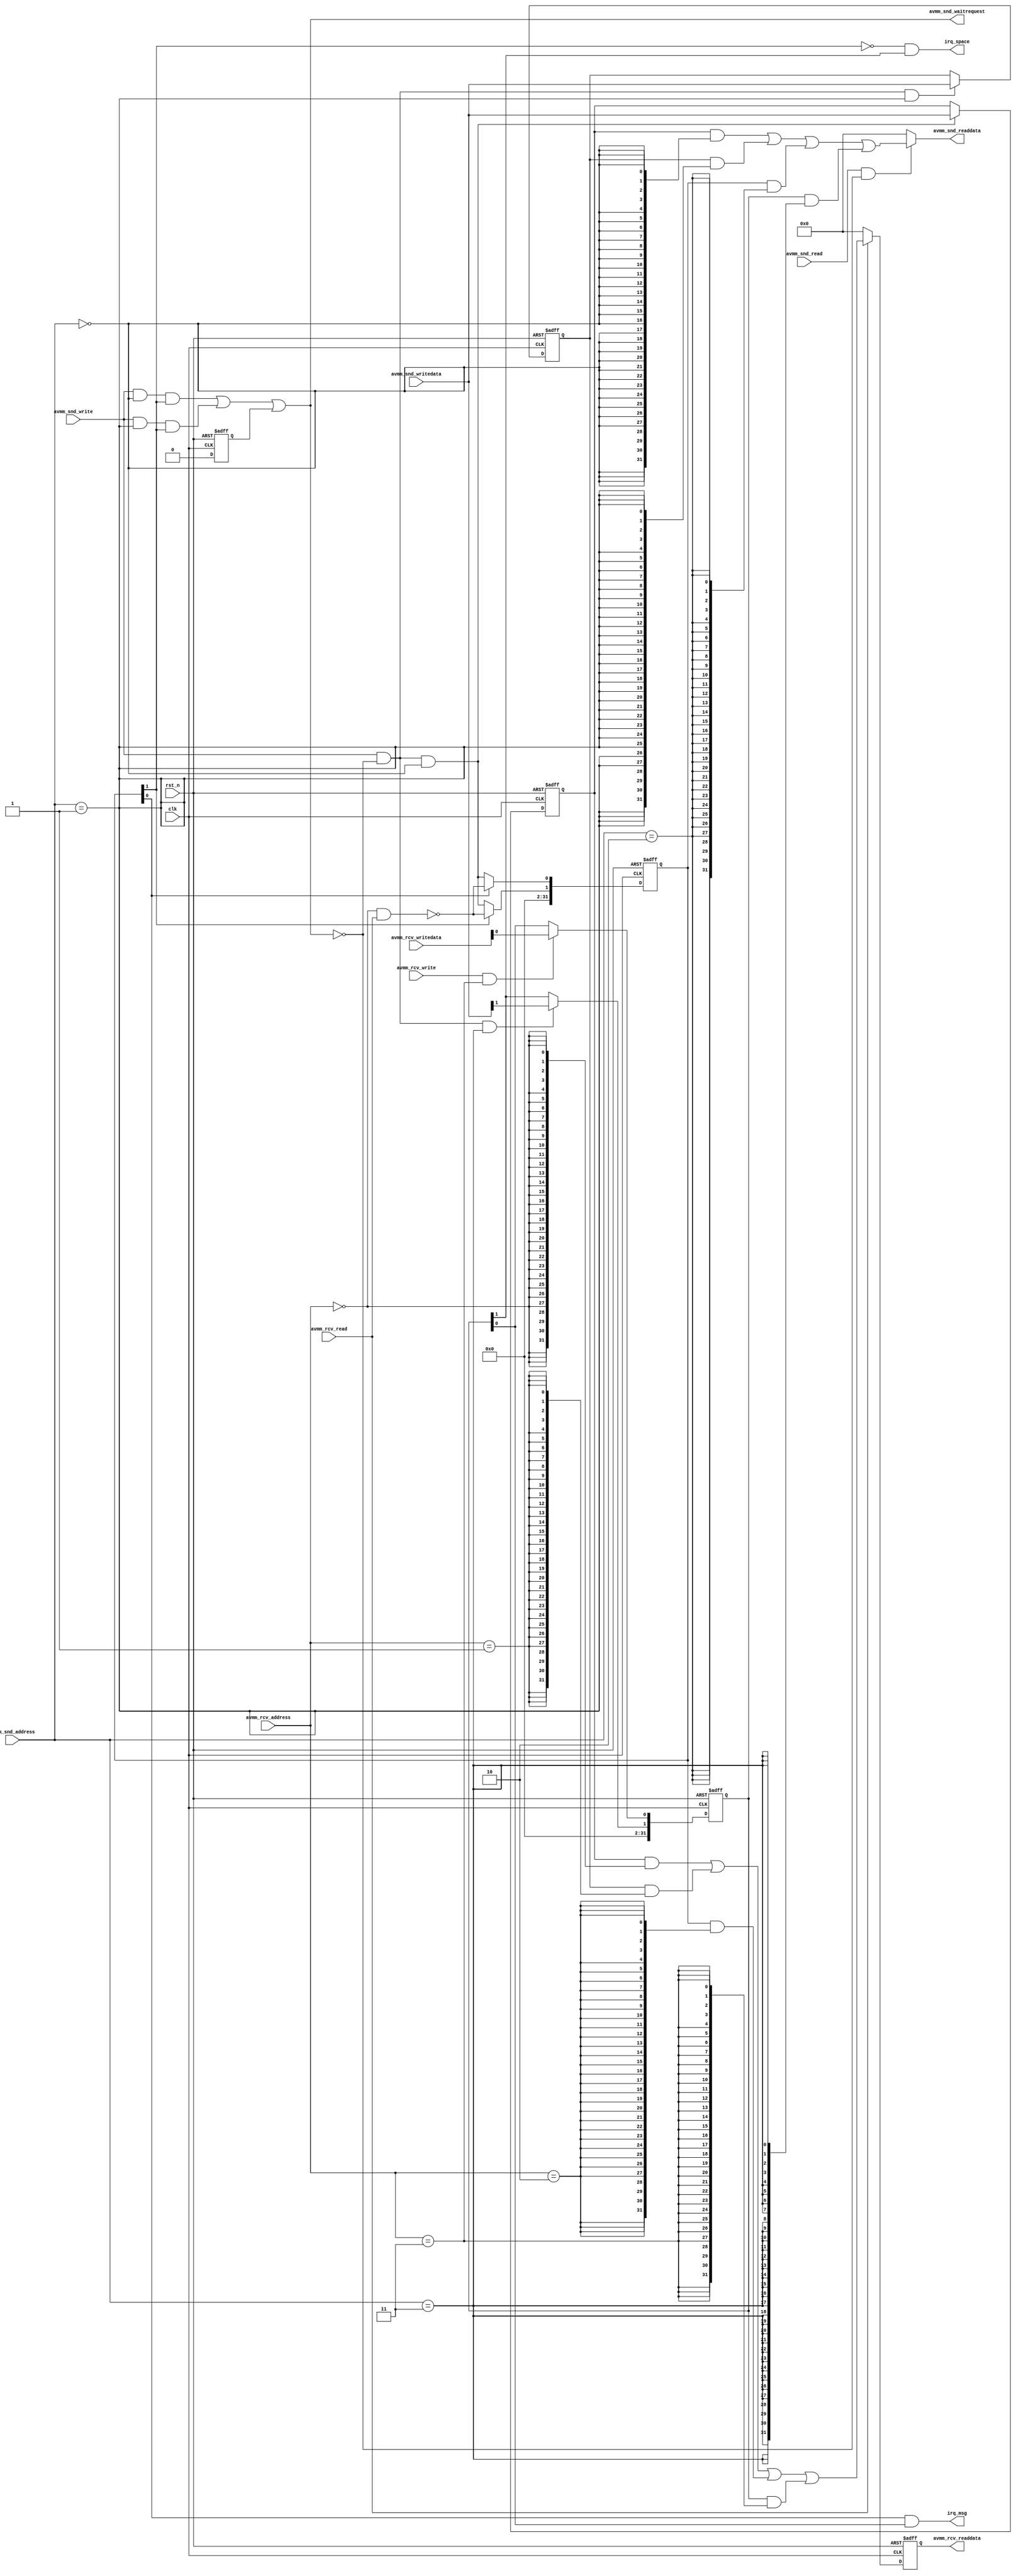
// (C) 2001-2015 Altera Corporation. All rights reserved.
// Your use of Altera Corporation's design tools, logic functions and other 
// software and tools, and its AMPP partner logic functions, and any output 
// files any of the foregoing (including device programming or simulation 
// files), and any associated documentation or information are expressly subject 
// to the terms and conditions of the Altera Program License Subscription 
// Agreement, Altera MegaCore Function License Agreement, or other applicable 
// license agreement, including, without limitation, that your use is for the 
// sole purpose of programming logic devices manufactured by Altera and sold by 
// Altera or its authorized distributors.  Please refer to the applicable 
// agreement for further details.


module altera_avalon_mailbox #(
  parameter DWIDTH = 32,
  parameter AWIDTH = 2
)(
  input               clk,
  input               rst_n,
  output              irq_msg,
  output              irq_space,

  input  [AWIDTH-1:0] avmm_snd_address,
  input  [DWIDTH-1:0] avmm_snd_writedata,
  input               avmm_snd_write,
  input               avmm_snd_read,
  output [DWIDTH-1:0] avmm_snd_readdata,
  output              avmm_snd_waitrequest,

  
  input  [AWIDTH-1:0] avmm_rcv_address,
  input  [DWIDTH-1:0] avmm_rcv_writedata,
  input               avmm_rcv_write,
  input               avmm_rcv_read,
  output [DWIDTH-1:0] avmm_rcv_readdata
);

// Status Register bit definition
  localparam          FULL_BIT = 1;
  localparam          MSG_PENDING_BIT = 0;
  localparam          SND_INT_BIT = 1;
  localparam          RCV_INT_BIT = 0;

// wires & registers declaration
  reg    [DWIDTH-1:0] command_reg;
  reg    [DWIDTH-1:0] pointer_reg;
  reg    [DWIDTH-1:0] status_reg;
  reg    [DWIDTH-1:0] mask_reg;
  wire   [DWIDTH-1:0] command_comb;
  wire   [DWIDTH-1:0] pointer_comb;
  wire   [DWIDTH-1:0] status_comb;
  wire   [DWIDTH-1:0] mask_comb;
  wire   [DWIDTH-1:0] snd_act_readdata;
  wire   [DWIDTH-1:0] snd_int_readdata;
  wire   [DWIDTH-1:0] snd_cmd_reg_rddata;
  wire   [DWIDTH-1:0] snd_ptr_reg_rddata; 
  wire   [DWIDTH-1:0] snd_sts_reg_rddata;
  wire   [DWIDTH-1:0] snd_msk_reg_rddata;
  wire   [DWIDTH-1:0] rcv_act_readdata;
  wire   [DWIDTH-1:0] rcv_int_readdata;
  wire   [DWIDTH-1:0] rcv_cmd_reg_rddata;
  wire   [DWIDTH-1:0] rcv_ptr_reg_rddata; 
  wire   [DWIDTH-1:0] rcv_sts_reg_rddata;
  wire   [DWIDTH-1:0] rcv_msk_reg_rddata;
  reg    [DWIDTH-1:0] readdata_with_waitstate;
  wire                cmd_reg_snd_access;
  wire                ptr_reg_snd_access;
  wire                sts_reg_snd_access;
  wire                msk_reg_snd_access;
  wire                cmd_reg_rcv_access;
  wire                ptr_reg_rcv_access;
  wire                sts_reg_rcv_access;
  wire                msk_reg_rcv_access;
  wire                snd_wr_valid;
  wire                snd_rd_valid;
  wire                rcv_rd_valid;
  wire                rcv_wr_valid;              
  wire                full;
  wire                pending;
  wire                snd_mask, rcv_mask;
  reg                 rst_for_bp;
  
// decoding of address for register target
  assign cmd_reg_snd_access = (avmm_snd_address == 2'b00);
  assign ptr_reg_snd_access = (avmm_snd_address == 2'b01);
  assign sts_reg_snd_access = (avmm_snd_address == 2'b10);
  assign msk_reg_snd_access = (avmm_snd_address == 2'b11);

  assign cmd_reg_rcv_access = (avmm_rcv_address == 2'b00);
  assign ptr_reg_rcv_access = (avmm_rcv_address == 2'b01);
  assign sts_reg_rcv_access = (avmm_rcv_address == 2'b10);
  assign msk_reg_rcv_access = (avmm_rcv_address == 2'b11);

// registers assignment
  always @(posedge clk or negedge rst_n) begin
    if (!rst_n) begin
      command_reg <= {(DWIDTH){1'b0}};
      pointer_reg <= {(DWIDTH){1'b0}};
      status_reg  <= {(DWIDTH){1'b0}};
      mask_reg    <= {(DWIDTH){1'b0}};  
      end
    else begin
      command_reg <= command_comb;
      pointer_reg <= pointer_comb;
      status_reg  <= status_comb;
      mask_reg    <= mask_comb;
      end
    end  
  
  assign command_comb = (snd_wr_valid & cmd_reg_snd_access) ? 
                        avmm_snd_writedata :
                        command_reg;
  assign pointer_comb = (snd_wr_valid & ptr_reg_snd_access) ? 
                        avmm_snd_writedata :
                        pointer_reg;

  assign mask_comb    = {{30{1'b0}},snd_mask, rcv_mask};
  assign snd_mask     = (snd_wr_valid & msk_reg_snd_access) ? 
                        avmm_snd_writedata[SND_INT_BIT]:
                        mask_reg[SND_INT_BIT];
  assign rcv_mask     = (rcv_wr_valid & msk_reg_rcv_access) ? 
                        avmm_rcv_writedata[RCV_INT_BIT]:
                        mask_reg[RCV_INT_BIT];

  assign status_comb  = {30'b0, full, pending};
  assign full = status_reg[FULL_BIT] ? !(cmd_reg_rcv_access & rcv_rd_valid): /*(read from rcv will set 0)*/ 
                                        (cmd_reg_snd_access & snd_wr_valid); /*(write of cmd_reg will set 1)*/
  assign pending = status_reg[MSG_PENDING_BIT] ? !(cmd_reg_rcv_access & rcv_rd_valid): /*(read from rcv will set 0)*/ 
                                                  (cmd_reg_snd_access & snd_wr_valid); /*(write of cmd_reg will set 1)*/
  // for time being, with 1 message mailbox availability, full and pending logic is the same. 
  // However, if a message queue >1 is implemented, full and pending condition will be different. 
  // The pending logic will then honor the empty status of the queue.

// Avalon MM interface handling
// Avalon MM Slave interfaces of the sender has backpressure flow control with waitrequest signal 
// Avalon MM Slave interfaces of the receiver has readWaitTime = 1, and has write capability only to the mask_reg

// assert waitreq during reset to avoid lockup
  assign snd_wr_valid = avmm_snd_write & !avmm_snd_waitrequest;
  assign snd_rd_valid = avmm_snd_read  & !avmm_snd_waitrequest;
  assign avmm_snd_waitrequest = (avmm_snd_write & cmd_reg_snd_access & status_reg[FULL_BIT]) | 
                                (avmm_snd_write & ptr_reg_snd_access & status_reg[FULL_BIT]) |  
                                // add condition for read transaction if location being read is empty, no need for now, but maybe for future
                                rst_for_bp;
  assign avmm_snd_readdata = snd_act_readdata;

  assign snd_act_readdata = snd_rd_valid ? snd_int_readdata : {(DWIDTH){1'b0}};
  assign snd_int_readdata = snd_cmd_reg_rddata |
                            snd_ptr_reg_rddata |
                            snd_sts_reg_rddata |
                            snd_msk_reg_rddata ;
  assign snd_cmd_reg_rddata = command_reg & {(DWIDTH){cmd_reg_snd_access}};
  assign snd_ptr_reg_rddata = pointer_reg & {(DWIDTH){ptr_reg_snd_access}};
  assign snd_sts_reg_rddata = status_reg  & {(DWIDTH){sts_reg_snd_access}};
  assign snd_msk_reg_rddata = mask_reg    & {(DWIDTH){msk_reg_snd_access}};


  assign rcv_wr_valid = avmm_rcv_write;
  
  assign rcv_rd_valid = avmm_rcv_read;
  assign avmm_rcv_readdata = readdata_with_waitstate;
  
  always @(posedge clk or negedge rst_n) begin
    if (!rst_n) rst_for_bp <= 1'b1;
    else        rst_for_bp <= 1'b0;
    end
  
  always @(posedge clk or negedge rst_n) begin
    if (!rst_n) readdata_with_waitstate <= {(DWIDTH){1'b0}};
    else        readdata_with_waitstate <= rcv_act_readdata;
    end
    
  assign rcv_act_readdata = rcv_rd_valid ? rcv_int_readdata : {(DWIDTH){1'b0}};
  assign rcv_int_readdata = rcv_cmd_reg_rddata |
                            rcv_ptr_reg_rddata |
                            rcv_sts_reg_rddata |
                            rcv_msk_reg_rddata ;
  assign rcv_cmd_reg_rddata = command_reg & {(DWIDTH){cmd_reg_rcv_access}};
  assign rcv_ptr_reg_rddata = pointer_reg & {(DWIDTH){ptr_reg_rcv_access}};
  assign rcv_sts_reg_rddata = status_reg  & {(DWIDTH){sts_reg_rcv_access}};
  assign rcv_msk_reg_rddata = mask_reg    & {(DWIDTH){msk_reg_rcv_access}};
         
  assign irq_space = ~status_reg[FULL_BIT] & mask_reg[SND_INT_BIT];  
  assign irq_msg   = status_reg[MSG_PENDING_BIT] & mask_reg[RCV_INT_BIT];  
  
endmodule